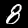
Label: 8